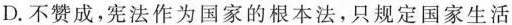
D. 不赞成，宪法作为国家的根本法，只规定国家生活